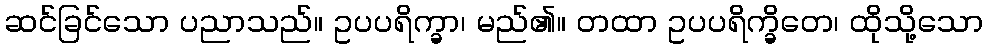
ဆင်ခြင်သော ပညာသည်။ ဥပပရိက္ခာ၊ မည်၏။ တထာ ဥပပရိက္ခိတေ၊ ထိုသို့သော